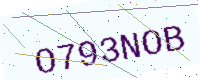
Text: O793NOB